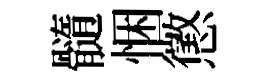
髓悃懲